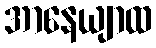
အာနေယျာထ